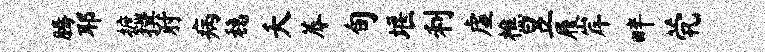
腾耶摭撰肘病稳夭蓐旬堰利虚樵昱履岸畔茕